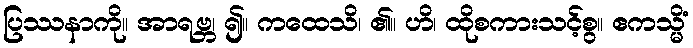
ပြဿနာကို။ အာရဗ္ဘ၊ ၍။ ကထေသိ၊ ၏။ ဟိ၊ ထိုစကားသင့်စွ။ ဧကသ္မိံ